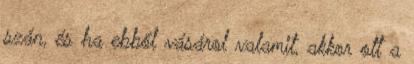
szán, és ha ebből vásárol valamit, akkor ott a